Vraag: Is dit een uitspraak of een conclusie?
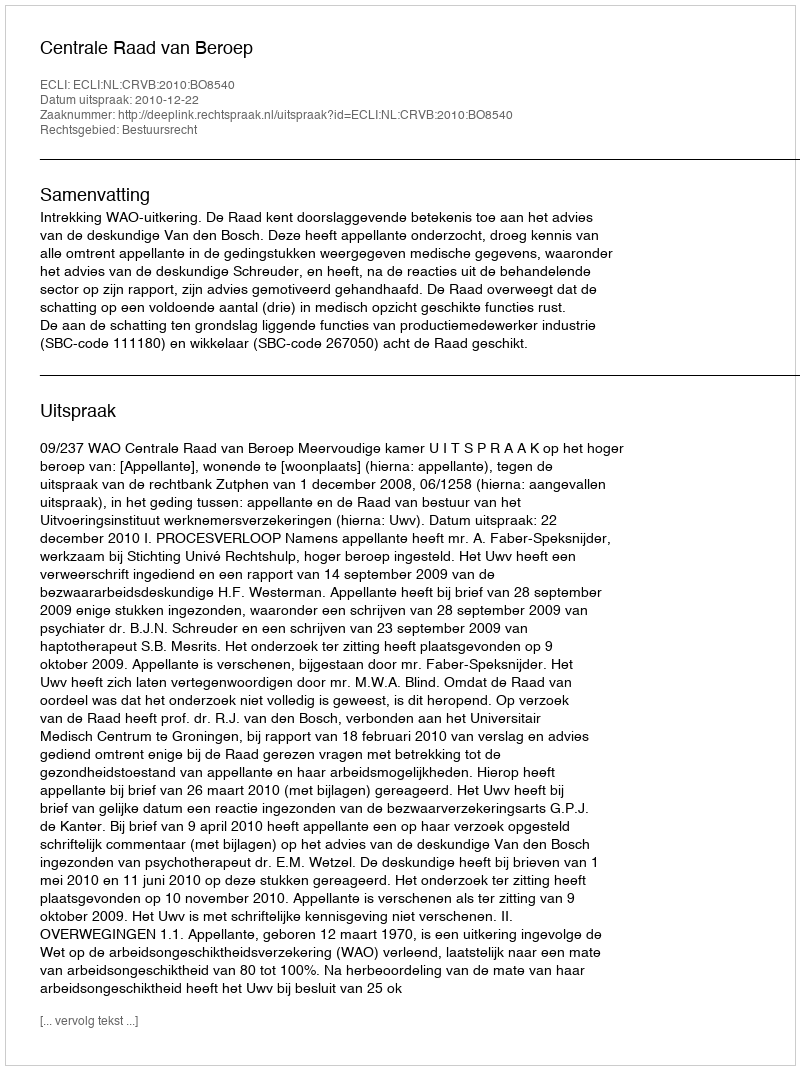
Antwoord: Uitspraak